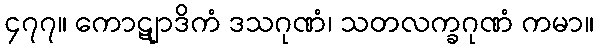
၄၇၇။ ကောဋျာဒိကံ ဒသဂုဏံ၊ သတလက္ခဂုဏံ ကမာ။